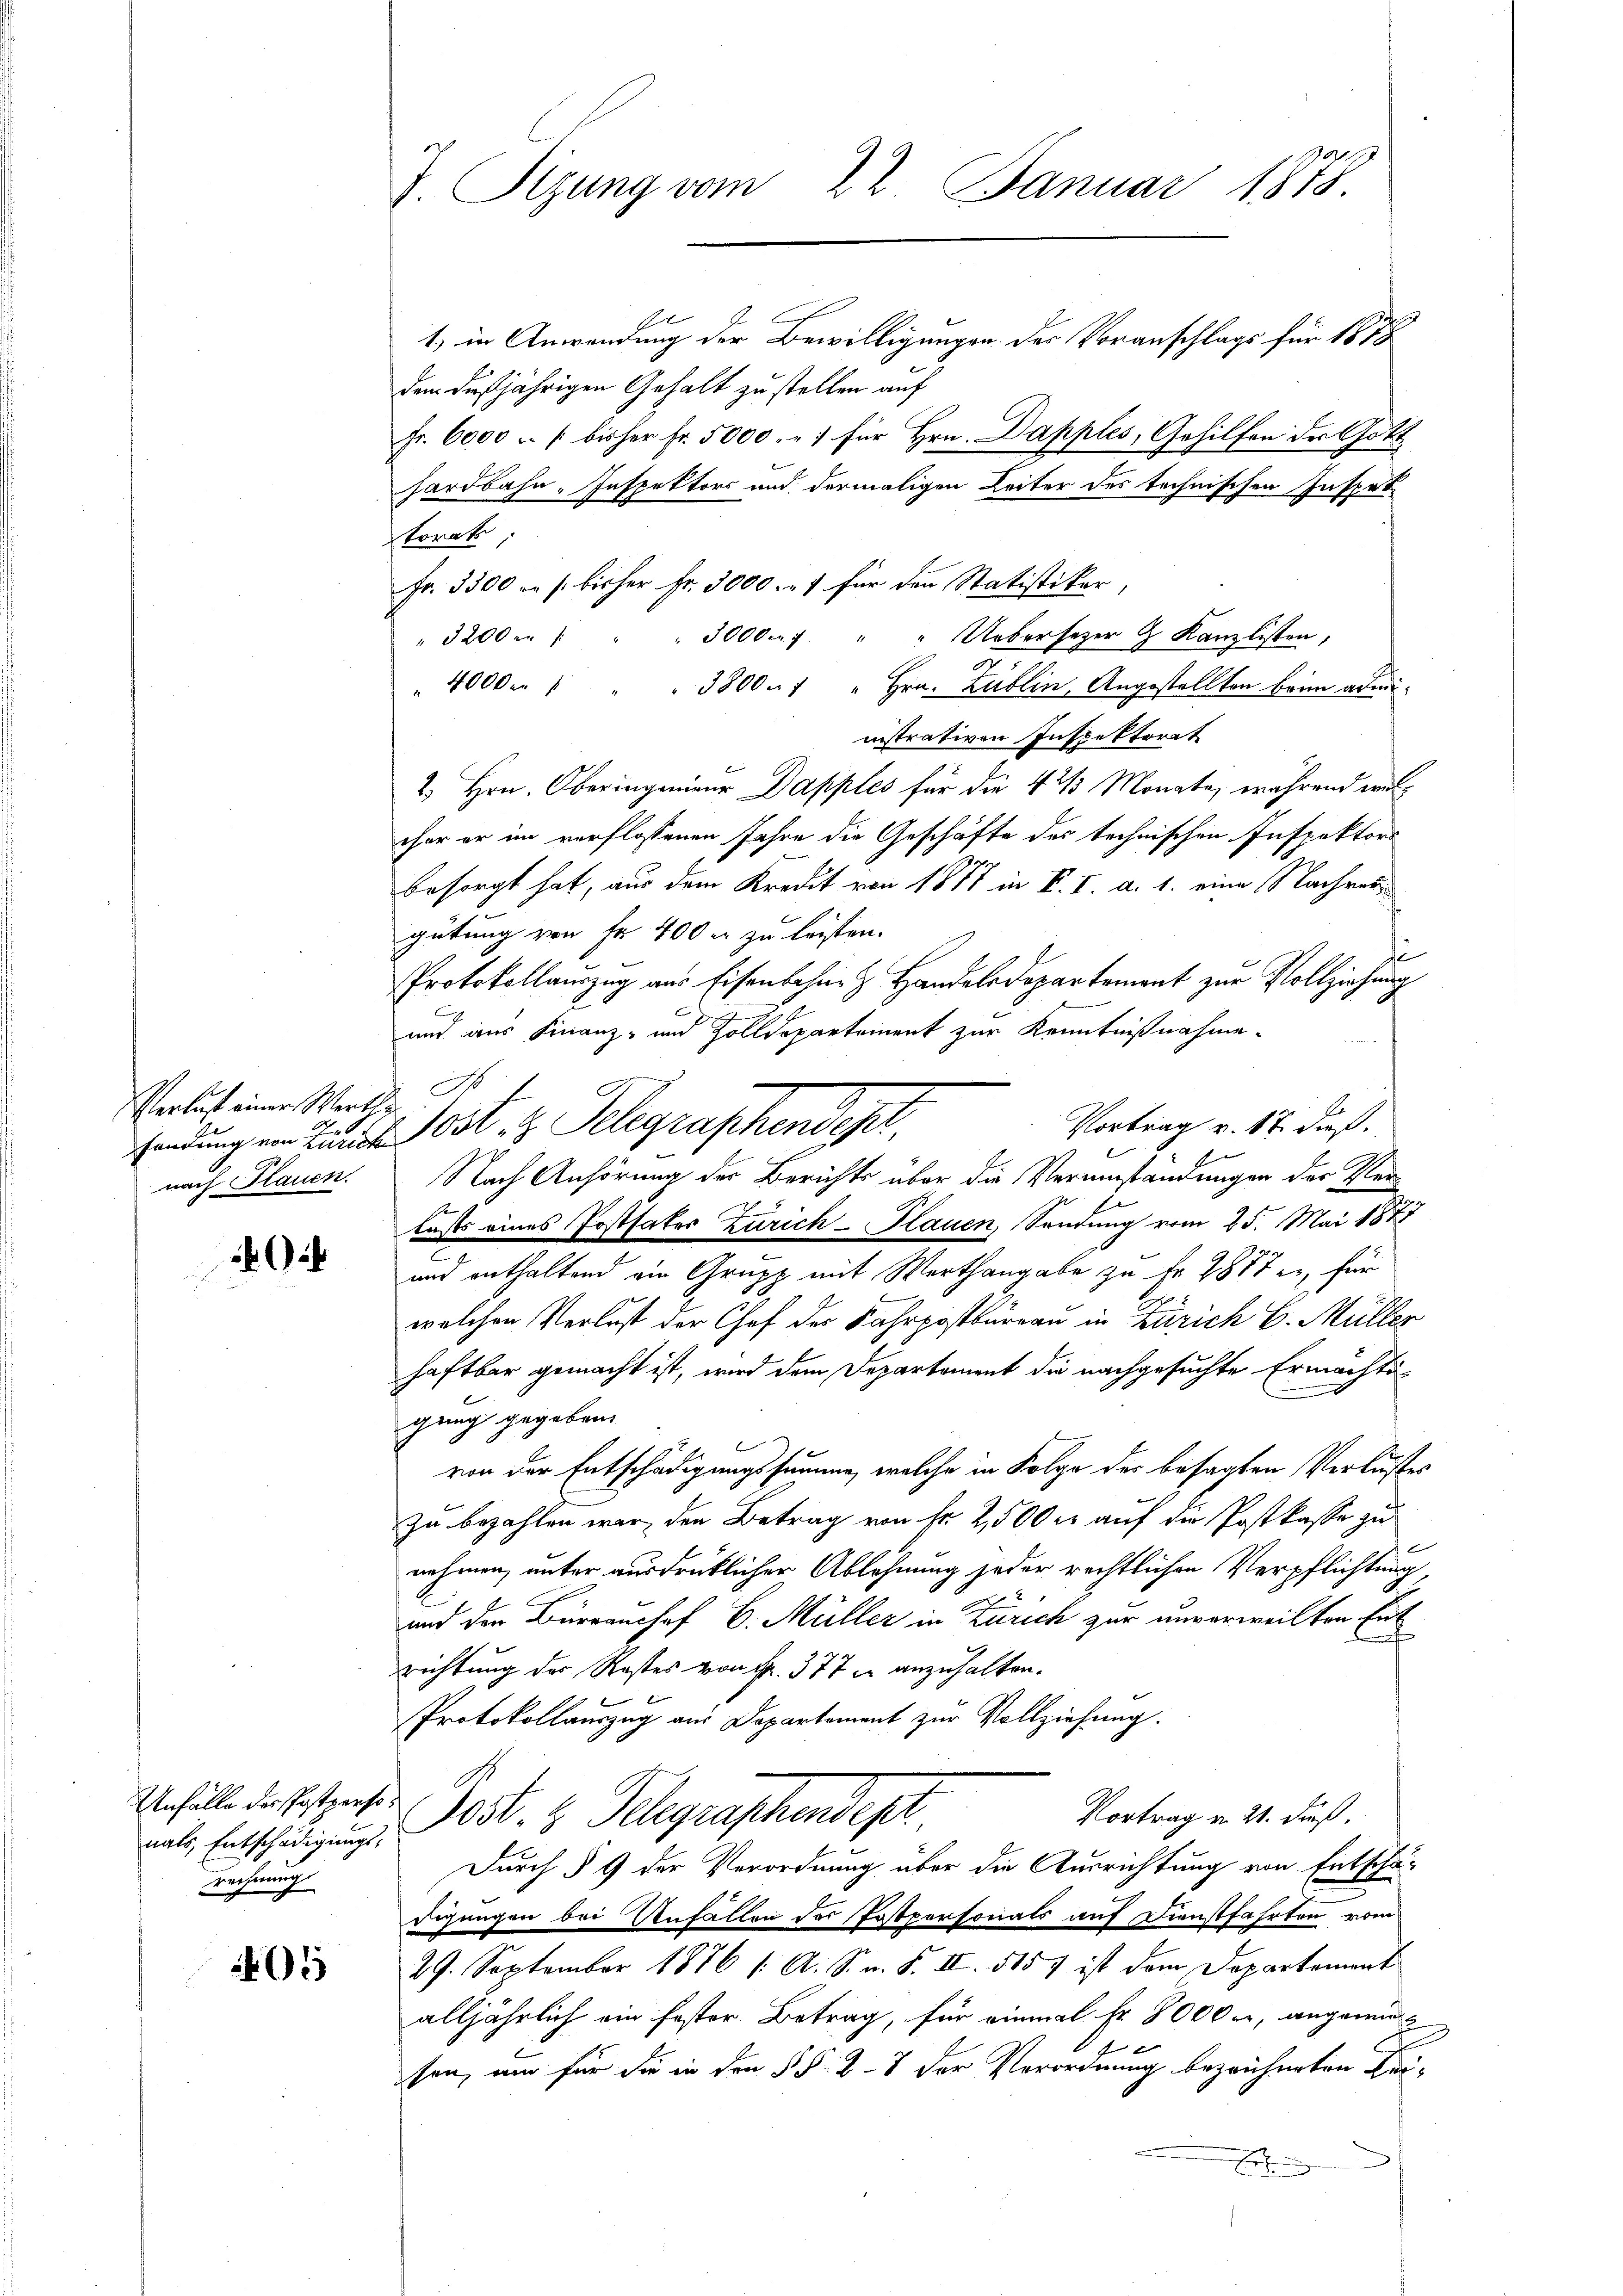
Verlust einer Werthu

nals, Entschädigungs-
rechnung

405

J. Sitzung vom 22. Januar 1878.

1) in Anwendung der Bewilligungen des Voranschlags für 1878
den dießjährigen Gehalt zu stellen auf
Fr. 6000 u. 1 bisher Fr. 5000. 7 für Hrn. Dapples, Gehilfen der Gotthardbahn, Inspektors und dermaligen Leiter des technischen Inspet
skonat
Fr. 3300 r. s. bisher Fr. 3000. 7 für den Statistiker,
" 3200 . " " " 30000 " " Uebersezer z. Kanzlisten,
u
" 40000 " " " 3800 - " Hrn. Lublin, Angestellten beim administrativen Inspektorat
2., Hrn. Oberingenieur Dapples für die 4 ½ Monate, während welcher er im verflossenen Jahre die Geschäfte des technischen Inspektors
besorgt hat, aus dem Kredit von 1877 in P. V. a. 1. eine Nachweren
gütung von Fr. 400 f zu leisten.
de
Protokollauszug aus Eisenbahn & Handelsdepartement zur Vollziehung
2
und aus Finanz- und Zolldepartement zur Kenntnißnahme-
N 19
Vortrag v. 17. dieß.
fandung von Landes Ort z. Telegraphendest,
nach Plauen. Nach Anhörung der Berichts über die Verumstandungen der Kleilusts eines Postfater Zürich-Plauen, Sendung vom 25. Mai 1877
und enthaltend ein Grupp mit Werthangabe zu Fr. 2877 er, für
welchen Verlust der Chef der Fahrpostbureau in Zürich C. Müller
haftbar gemacht ist, wird dem Departement die nachgesuchte Ermächti-
gung gegeben.
von der Entschädigungssumme, welche in Folge der besagten Verlustes
zu bezahlen war, den Betrag von fr. 2,500 er auf die Postkasse zu
nehmen, unter ausdrüklicher Ablehnung jeder rechtlichen Verpflichtung
und den Bürranchef G. Müller in Zürich zur unverweilten Enti
richtung des Restes von Fr. 377 u anzuhalten.
Protokollauszug aus Departement zur Vollziehung.
Unfalle der Postporten Post.  Telegraphendep
Vortrag u. 21. dieß.
Durch § 9 der Verordnung über die Ausrichtung von Entschädigungen bei Unfällen des Patpersonats auf Dienstfahrten vom
29. September 1886 /: A. S. v. S. II. 5157 ist dem Departement
alljährlich ein fester Betrag, für einmal Fr. 8000 c, angewi
sen, um für die in den §. §. 28 der Verordnung bezeichneten Bei¬
Errung